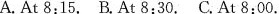
A.At 8:15.B.At 8:30.C.At 8:00.